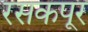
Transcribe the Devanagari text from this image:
रसकपूर